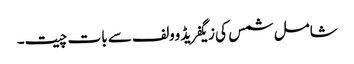
شامل شمس کی زیگفریڈ وولف سے بات چیت۔